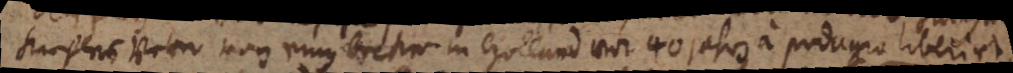
Kieflers Vater von einem becker in holland vor 40 jahren a podagra liberirt,